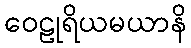
ဝေဠုရိယမယာနိ